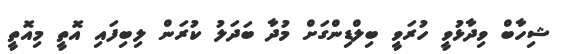
ޝިހާބް ވިދާޅުވީ ހުރަވީ ބިލްޑިންގަށް މުދާ ބަދަލު ކުރަން ލިބިފައި އޮތީ މިއޮތީ